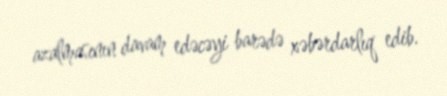
azalmasının davam edəcəyi barədə xəbərdarlıq edib.